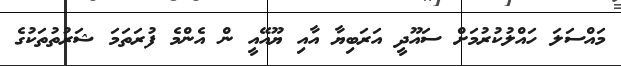
މައްސަލަ ހައްލުކުރުމަށް ސައޫދީ އަރަބިޔާ އާއި ޔޫއޭއީ ން އެންމެ ފުރަތަމަ ޝަރުތުތަކުގެ